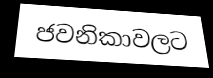
ජවනිකාවලට